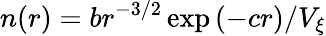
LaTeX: n(r)=br^{-3/2}\exp{(-cr)}/V_{\xi}